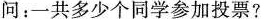
问：一共多少个同学参加投票?